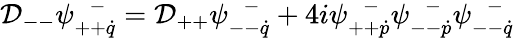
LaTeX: {\cal D}_{--}\psi_{++\dot{q}}^{~~~-}={\cal D}_{++}\psi_{--\dot{q}}^{~~~-}+4i\psi_{++\dot{p}}^{~~~-}\psi_{--\dot{p}}^{~~~-}\psi_{--\dot{q}}^{~~~-}